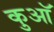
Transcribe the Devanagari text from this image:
कुआॅ